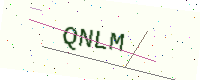
Text: QNLM